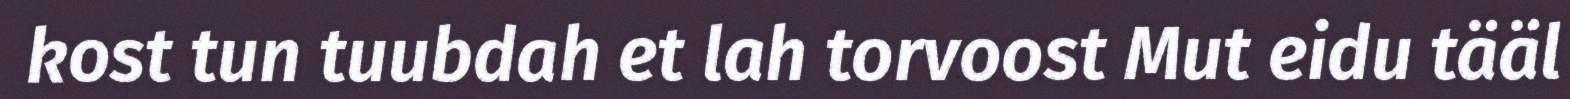
kost tun tuubdah et lah torvoost Mut eidu tääl